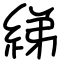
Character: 綈